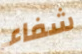
شفاء